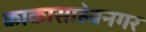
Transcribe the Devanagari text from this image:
काकासाहेबनगर